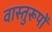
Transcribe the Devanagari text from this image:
वास्तुरूपों